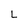
Character: L